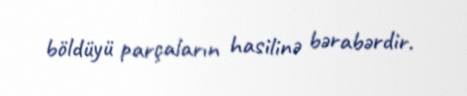
böldüyü parçaların hasilinə bərabərdir.